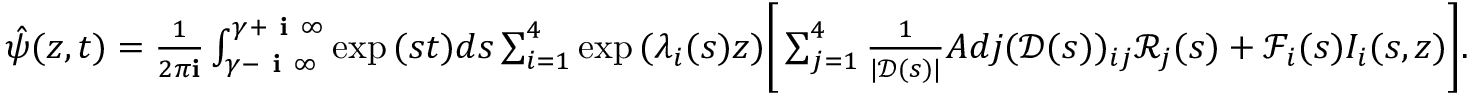
\begin{array} { r } { \hat { \psi } ( z , t ) = \frac { 1 } { 2 \pi \mathbf { i } } \int _ { \gamma - \textbf { i } \infty } ^ { \gamma + \textbf { i } \infty } \exp { ( s t ) } d s \sum _ { i = 1 } ^ { 4 } \exp { ( \lambda _ { i } ( s ) z ) } \Bigg [ \sum _ { j = 1 } ^ { 4 } \frac { 1 } { | \mathscr { D } ( s ) | } A d j ( \mathscr { D } ( s ) ) _ { i j } \mathscr { R } _ { j } ( s ) + \mathscr { F } _ { i } ( s ) I _ { i } ( s , z ) \Bigg ] . } \end{array}